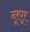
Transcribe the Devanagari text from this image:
नूरपूर